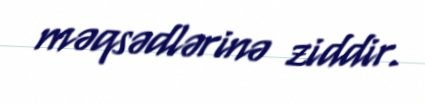
məqsədlərinə ziddir.